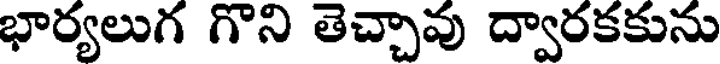
భార్యలుగ గొని తెచ్చావు ద్వారకకును